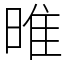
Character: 㫿